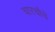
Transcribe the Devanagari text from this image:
चारचौघे